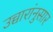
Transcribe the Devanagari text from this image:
उच्चारांनुसार